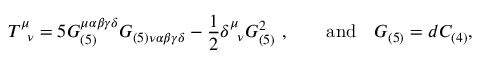
T _ { \phantom { \mu } \nu } ^ { \mu } = 5 G _ { ( 5 ) } ^ { \mu \alpha \beta \gamma \delta } G _ { ( 5 ) \nu \alpha \beta \gamma \delta } - \frac { 1 } { 2 } \delta _ { \phantom { \mu } \nu } ^ { \mu } G _ { ( 5 ) } ^ { 2 } \ , \qquad \mathrm { a n d } \quad G _ { ( 5 ) } = d C _ { ( 4 ) } ,